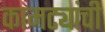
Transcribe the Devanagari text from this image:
कामट्यांची